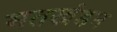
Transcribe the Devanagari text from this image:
मतखंडन